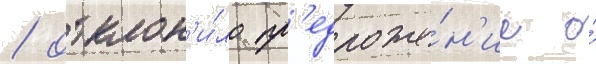
/ отклон'и́ло пр'едложе́н'ие о́